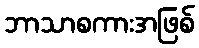
ဘာသာစကားအဖြစ်